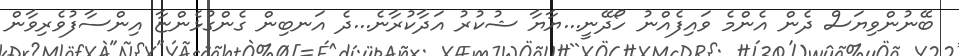
ބޭނުންވިޔަސް ދެން އެންމެ ވައިފެއްނު ހޯދޭނީ...ޔާޔާ ޝުކުރު އަދާކުރާނެ...ދެ އަނބިން ގެންގުޅެންޏާ އިންސާފުވެރިވާން